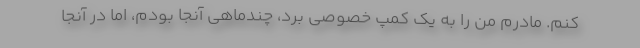
کنم. مادرم من را به یک کمپ خصوصی برد، چندماهی آنجا بودم، اما در آنجا